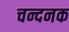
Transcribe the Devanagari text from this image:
चन्दनक